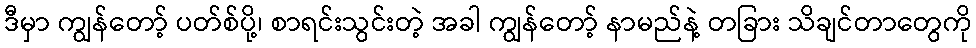
ဒီမှာ ကျွန်တော့် ပတ်စ်ပို့၊ စာရင်းသွင်းတဲ့ အခါ ကျွန်တော့် နာမည်နဲ့ တခြား သိချင်တာတွေကို